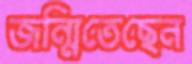
জন্মিতেছেন